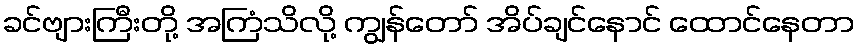
ခင်ဗျားကြီးတို့ အကြံသိလို့ ကျွန်တော် အိပ်ချင်နောင် ထောင်နေတာ